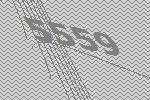
5559